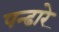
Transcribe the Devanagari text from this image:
पन्ढारे